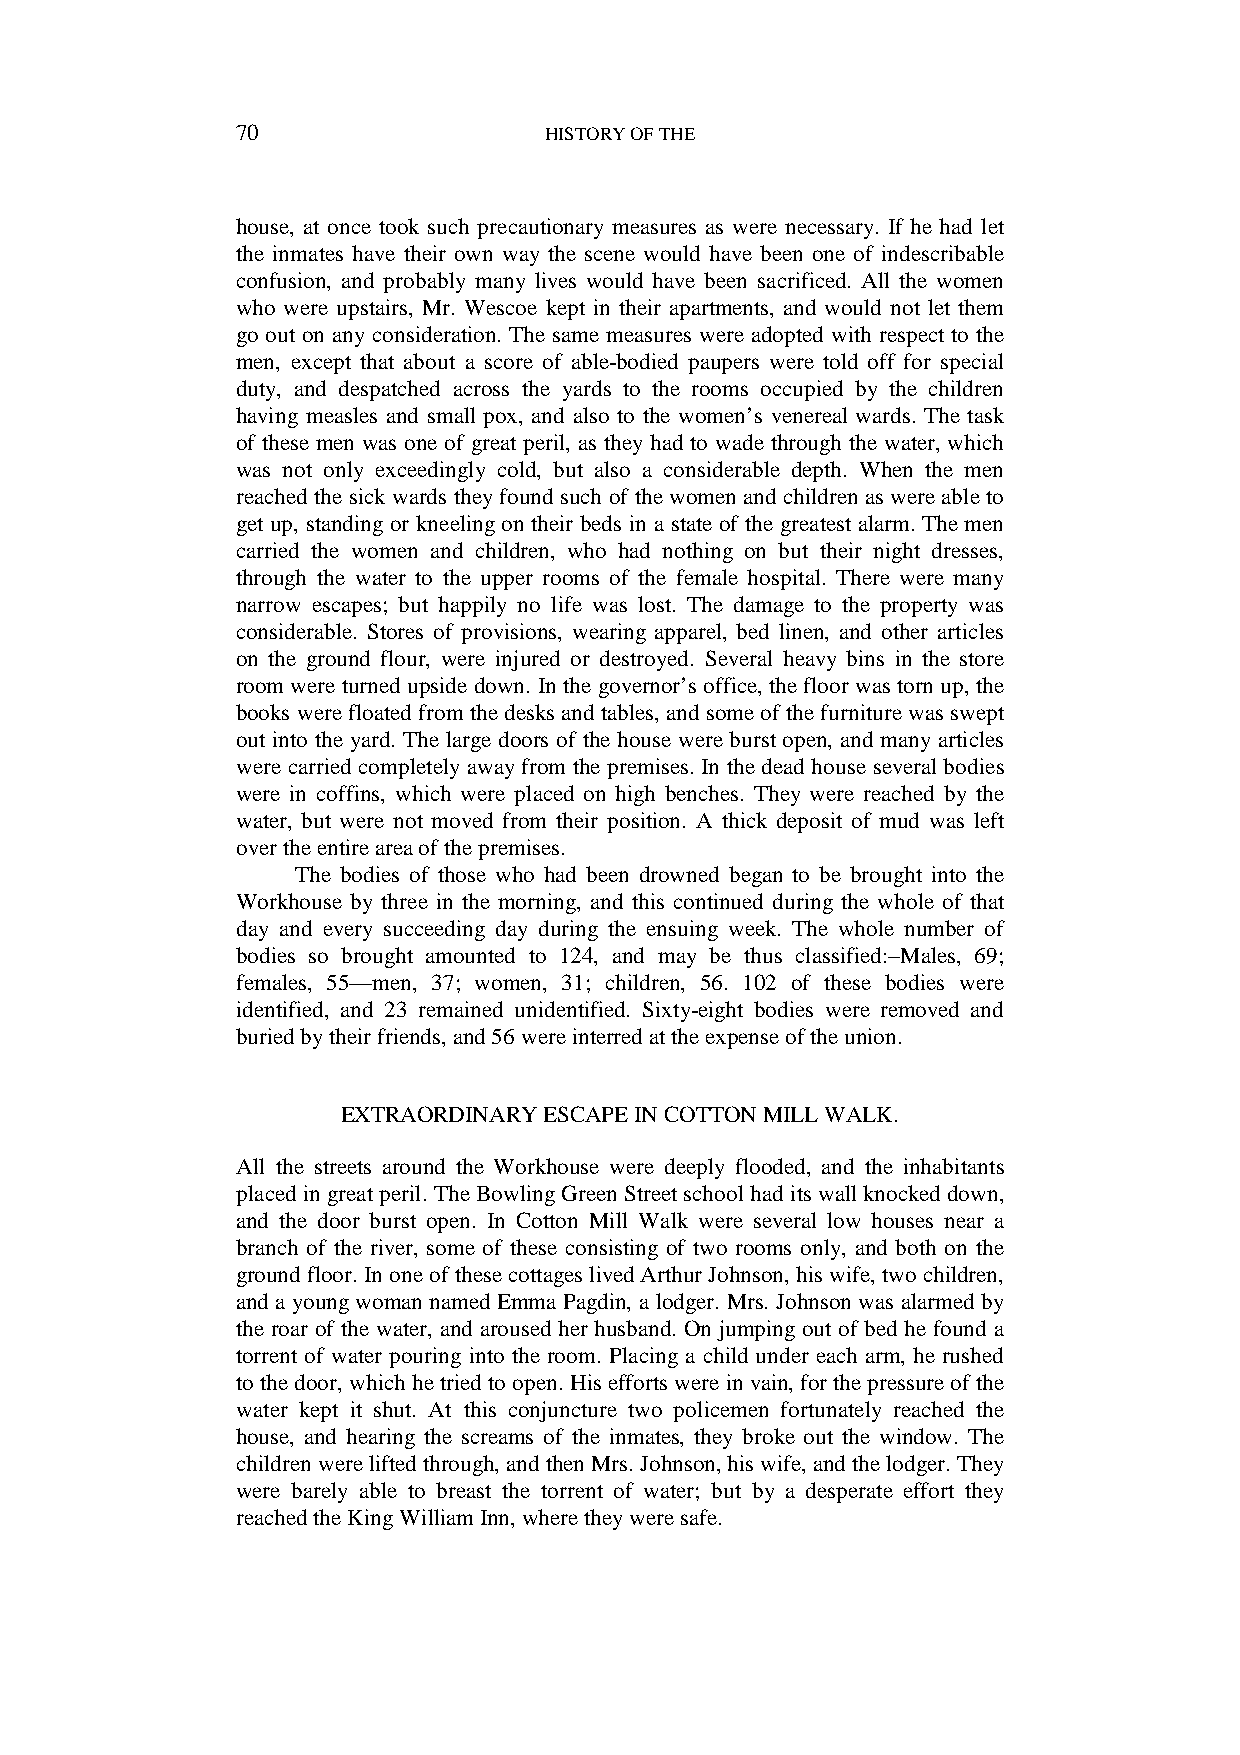
70                  HISTORY OF THE
 house, at once took such precautionary measures as were necessary. If he had let
 the inmates have their own way the scene would have been one of indescribable
 confusion, and probably many lives would have been sacrificed. All the women
 who were upstairs, Mr. Wescoe kept in their apartments, and would not let them
 go out on any consideration. The same measures were adopted with respect to the
 men, except that about a score of able-bodied paupers were told off for special
 duty, and despatched across the yards to the rooms occupied by the children
 having measles and small pox, and also to the women’s venereal wards. The task
 of these men was one of great peril, as they had to wade through the water, which
 was not only exceedingly cold, but also a considerable depth. When the men
 reached the sick wards they found such of the women and children as were able to
 get up, standing or kneeling on their beds in a state of the greatest alarm. The men
 carried the women and children, who had nothing on but their night dresses,
 through the water to the upper rooms of the female hospital. There were many
 narrow escapes; but happily no life was lost. The damage to the property was
 considerable. Stores of provisions, wearing apparel, bed linen, and other articles
 on the ground flour, were injured or destroyed. Several heavy bins in the store
 room were turned upside down. In the governor’s office, the floor was torn up, the
 books were floated from the desks and tables, and some of the furniture was swept
 out into the yard. The large doors of the house were burst open, and many articles
 were carried completely away from the premises. In the dead house several bodies
 were in coffins, which were placed on high benches. They were reached by the
 water, but were not moved from their position. A thick deposit of mud was left
 over the entire area of the premises.
 The bodies of those who had been drowned began to be brought into the
 Workhouse by three in the morning, and this continued during the whole of that
 day and every succeeding day during the ensuing week. The whole number of
 bodies so brought amounted to 124, and may be thus classified:–Males, 69;
 females, 55—men, 37; women, 31; children, 56. 102 of these bodies were
 identified, and 23 remained unidentified. Sixty-eight bodies were removed and
 buried by their friends, and 56 were interred at the expense of the union.
 EXTRAORDINARY ESCAPE IN COTTON MILL WALK.
 All the streets around the Workhouse were deeply flooded, and the inhabitants
 placed in great peril. The Bowling Green Street school had its wall knocked down,
 and the door burst open. In Cotton Mill Walk were several low houses near a
 branch of the river, some of these consisting of two rooms only, and both on the
 ground floor. In one of these cottages lived Arthur Johnson, his wife, two children,
 and a young woman named Emma Pagdin, a lodger. Mrs. Johnson was alarmed by
 the roar of the water, and aroused her husband. On jumping out of bed he found a
 torrent of water pouring into the room. Placing a child under each arm, he rushed
 to the door, which he tried to open. His efforts were in vain, for the pressure of the
 water kept it shut. At this conjuncture two policemen fortunately reached the
 house, and hearing the screams of the inmates, they broke out the window. The
 children were lifted through, and then Mrs. Johnson, his wife, and the lodger. They
 were barely able to breast the torrent of water; but by a desperate effort they
 reached the King William Inn, where they were safe.